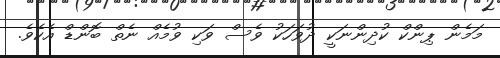
މަމެން ޕިންކް ކުދިންނަކީ ދުވަހަކު ވެސް ވަކި ވުމެއް ނެތް ބޮންޑް އެކެވެ.